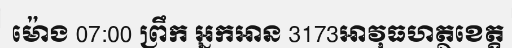
ម៉ោង 07:00 ព្រឹក អ្នកអាន 3173អាវុធហត្ថខេត្ត